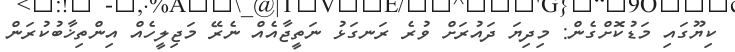
ކިޔޫގައި މަޑުކޮށްގެން: މިދިޔަ ދައުރަށް ވުރެ ރަނގަޅު ނަތީޖާއެއް ނެރޭ މަޖިލީހެއް އިންތިޚާބުކުރަން